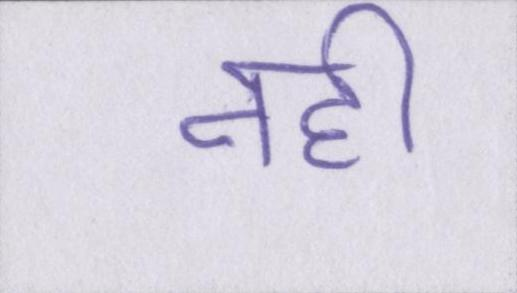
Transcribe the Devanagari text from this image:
नही